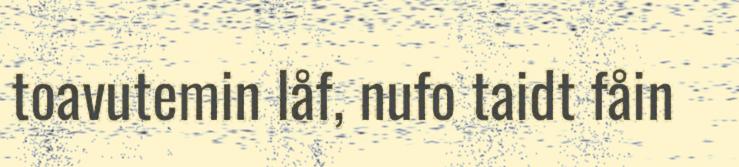
toavutemin låf, nufo taidt fåin